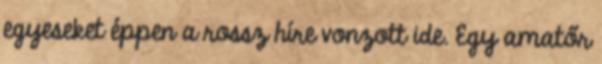
egyeseket éppen a rossz híre vonzott ide. Egy amatőr